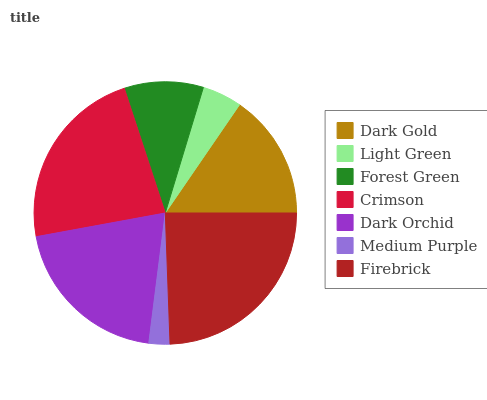
| Dark Gold | Light Green | Forest Green | Crimson | Dark Orchid | Medium Purple | Firebrick |
 | --- | --- | --- | --- | --- | --- | --- |
 | 15.5% | 4.9% | 9.76% | 22.8% | 20.1% | 2.58% | 24.4% |